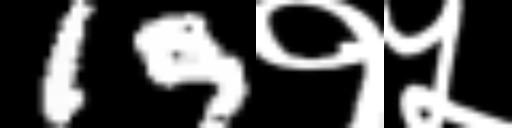
Text: 19१५